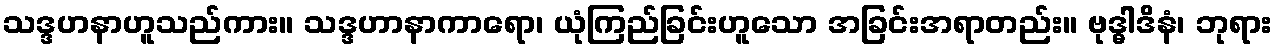
သဒ္ဒဟနာဟူသည်ကား။ သဒ္ဒဟာနာကာရော၊ ယုံကြည်ခြင်းဟူသော အခြင်းအရာတည်း။ ဗုဒ္ဓါဒိနံ၊ ဘုရား